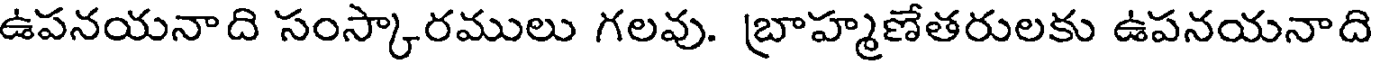
ఉపనయనాది సంస్కారములు గలవు. బ్రాహ్మణేతరులకు ఉపనయనాది